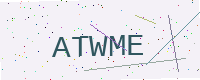
Text: ATWME